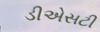
ડીએસટી